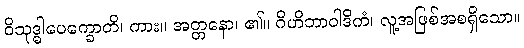
ဝိသုဒ္ဓါပေက္ခောတိ၊ ကား။ အတ္တနော၊ ၏။ ဂိဟိဘာဝါဒိကံ၊ လူ့အဖြစ်အစရှိသော။